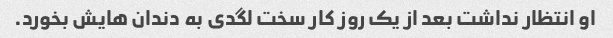
او انتظار نداشت بعد از یک روز کار سخت لگدی به دندان هایش بخورد.